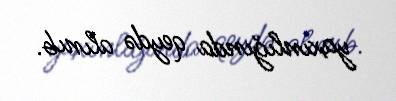
yaxınlığında qeydə alınıb.